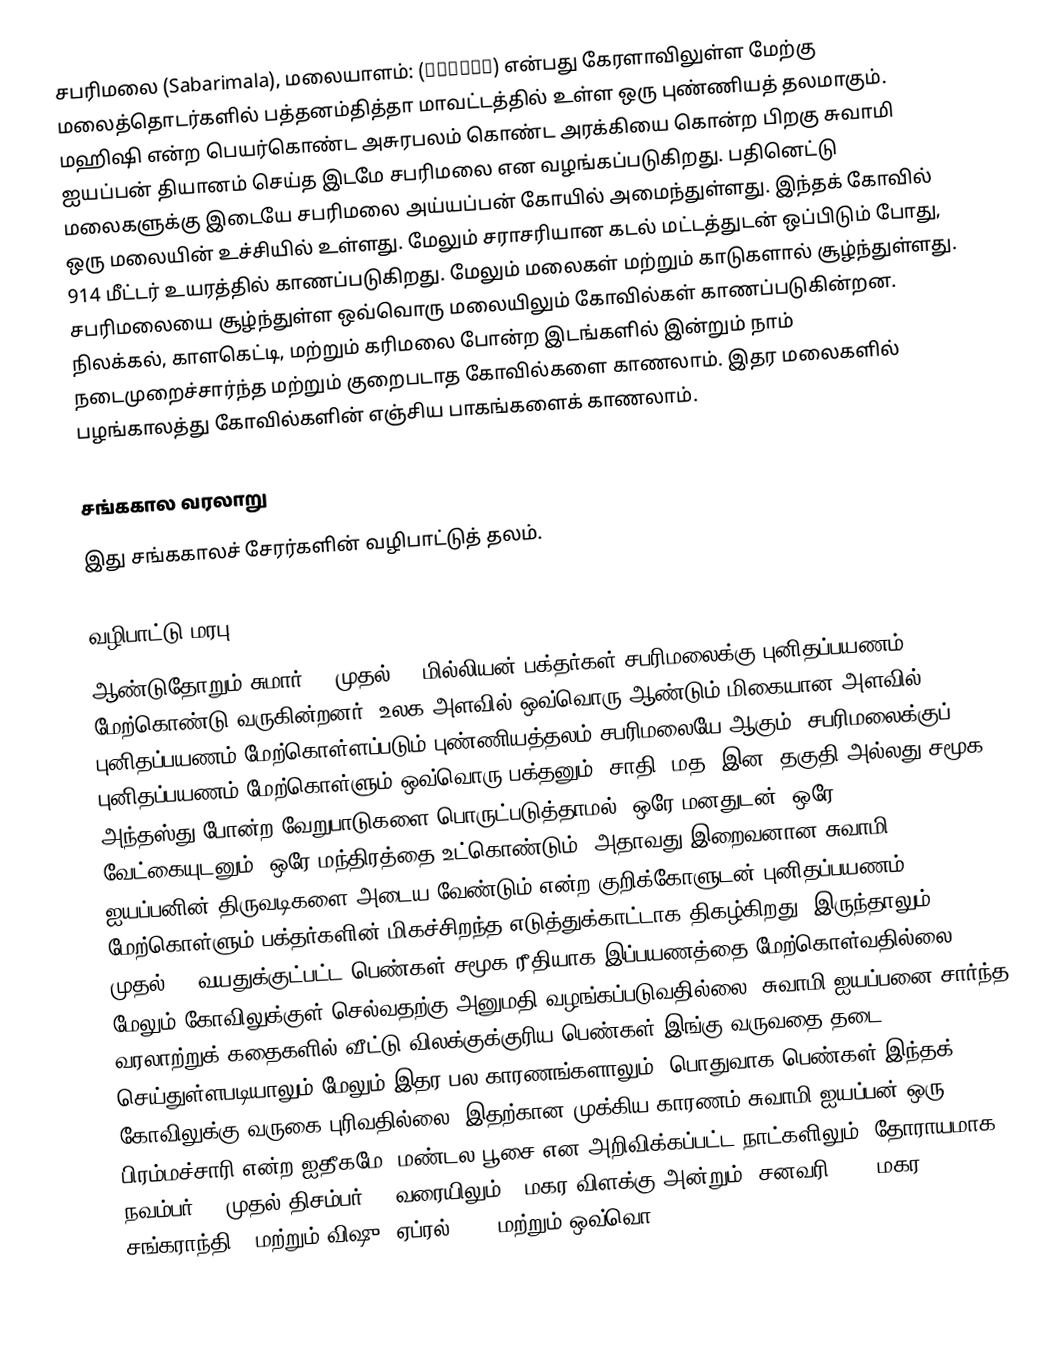
சபரிமலை (Sabarimala), மலையாளம்: (ശബരിമല) என்பது கேரளாவிலுள்ள மேற்கு மலைத்தொடர்களில் பத்தனம்தித்தா மாவட்டத்தில் உள்ள ஒரு புண்ணியத் தலமாகும். மஹிஷி என்ற பெயர்கொண்ட அசுரபலம் கொண்ட அரக்கியை கொன்ற பிறகு சுவாமி ஐயப்பன் தியானம் செய்த இடமே சபரிமலை என வழங்கப்படுகிறது. பதினெட்டு மலைகளுக்கு இடையே சபரிமலை அய்யப்பன் கோயில் அமைந்துள்ளது. இந்தக் கோவில் ஒரு மலையின் உச்சியில் உள்ளது. மேலும் சராசரியான கடல் மட்டத்துடன் ஒப்பிடும் போது, 914 மீட்டர் உயரத்தில் காணப்படுகிறது. மேலும் மலைகள் மற்றும் காடுகளால் சூழ்ந்துள்ளது. சபரிமலையை சூழ்ந்துள்ள ஒவ்வொரு மலையிலும் கோவில்கள் காணப்படுகின்றன. நிலக்கல், காளகெட்டி, மற்றும் கரிமலை போன்ற இடங்களில் இன்றும் நாம் நடைமுறைச்சார்ந்த மற்றும் குறைபடாத கோவில்களை காணலாம். இதர மலைகளில் பழங்காலத்து கோவில்களின் எஞ்சிய பாகங்களைக் காணலாம்.

சங்ககால வரலாறு
இது சங்ககாலச் சேரர்களின் வழிபாட்டுத் தலம்.

வழிபாட்டு மரபு
ஆண்டுதோறும் சுமார் 45 முதல் 50 மில்லியன் பக்தர்கள் சபரிமலைக்கு புனிதப்பயணம் மேற்கொண்டு வருகின்றனர். உலக அளவில் ஒவ்வொரு ஆண்டும் மிகையான அளவில் புனிதப்பயணம் மேற்கொள்ளப்படும் புண்ணியத்தலம் சபரிமலையே ஆகும். சபரிமலைக்குப் புனிதப்பயணம் மேற்கொள்ளும் ஒவ்வொரு பக்தனும், சாதி, மத, இன, தகுதி அல்லது சமூக அந்தஸ்து போன்ற வேறுபாடுகளை பொருட்படுத்தாமல், ஒரே மனதுடன், ஒரே வேட்கையுடனும், ஒரே மந்திரத்தை உட்கொண்டும், அதாவது இறைவனான சுவாமி ஐயப்பனின் திருவடிகளை அடைய வேண்டும் என்ற குறிக்கோளுடன் புனிதப்பயணம் மேற்கொள்ளும் பக்தர்களின் மிகச்சிறந்த எடுத்துக்காட்டாக திகழ்கிறது. இருந்தாலும் 10 முதல் 50 வயதுக்குட்பட்ட பெண்கள் சமூக ரீதியாக இப்பயணத்தை மேற்கொள்வதில்லை. மேலும் கோவிலுக்குள் செல்வதற்கு அனுமதி வழங்கப்படுவதில்லை. சுவாமி ஐயப்பனை சார்ந்த வரலாற்றுக் கதைகளில் வீட்டு விலக்குக்குரிய பெண்கள் இங்கு வருவதை தடை செய்துள்ளபடியாலும் மேலும் இதர பல காரணங்களாலும், பொதுவாக பெண்கள் இந்தக் கோவிலுக்கு வருகை புரிவதில்லை. இதற்கான முக்கிய காரணம் சுவாமி ஐயப்பன் ஒரு பிரம்மச்சாரி என்ற ஐதீகமே. மண்டல பூசை என அறிவிக்கப்பட்ட நாட்களிலும் (தோராயமாக நவம்பர் 15 முதல் திசம்பர் 26 வரையிலும்), மகர விளக்கு அன்றும் (சனவரி 14- "மகர சங்கராந்தி") மற்றும் விஷு (ஏப்ரல் 14), மற்றும் ஒவ்வொ